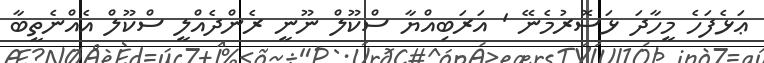
ޢަޅެފަހެ މީހާދަ ޅަސޮރުމެނޭ ' އަރަބިއްޔާ ސްކޫލް ނޫނީ ރެންދެއްލީ ސްކޫލް އެއްނެތީބާ